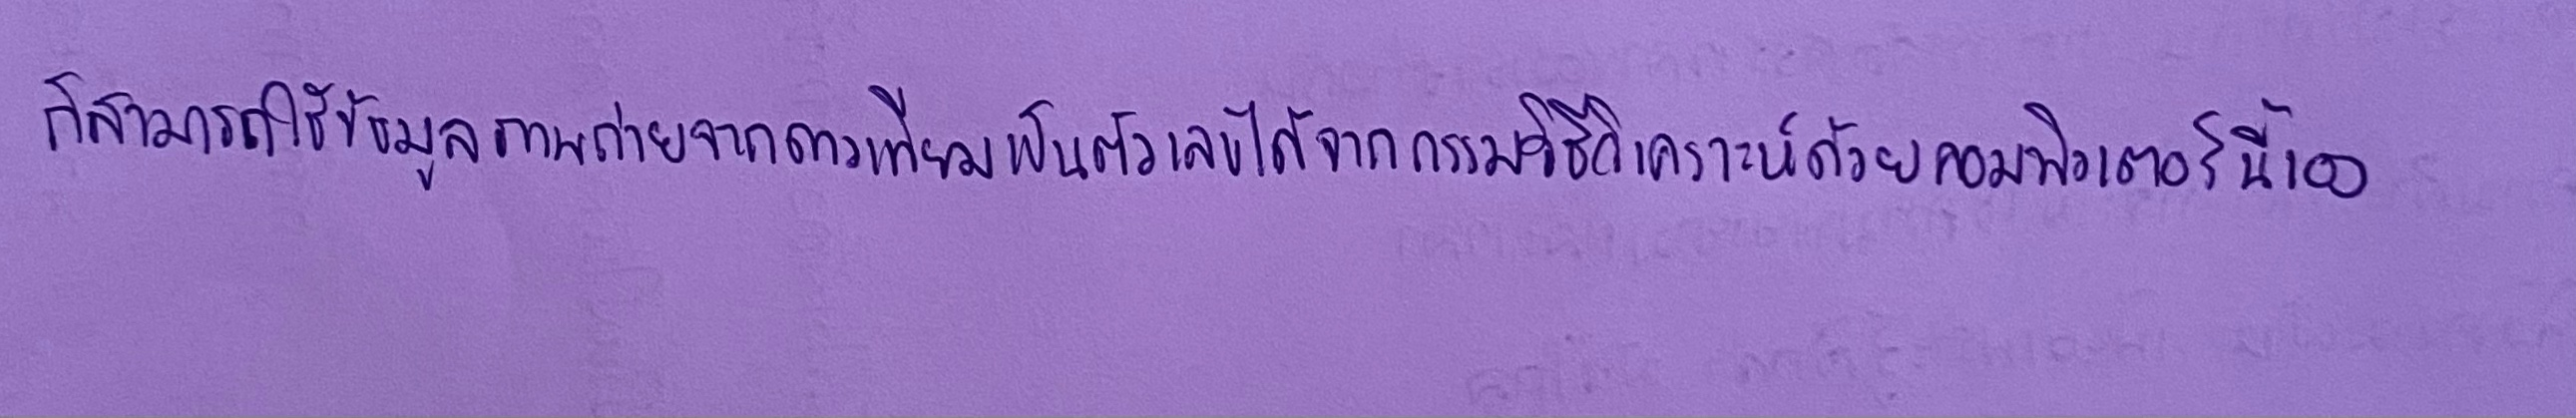
ก็สามารถใช้ข้อมูลภาพถ่ายจากดาวเทียมเป็นตัวเลขได้จากกรรมวิธีวิเคราะห์ด้วยคอมพิวเตอร์นี้เอง